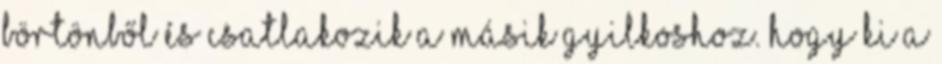
börtönből és csatlakozik a másik gyilkoshoz. Hogy ki a